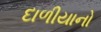
દાળીયાનો